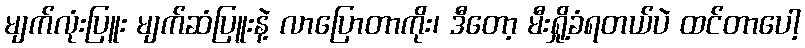
မျက်လုံးပြူး မျက်ဆံပြူးနဲ့ လာပြောတာကိုး၊ ဒီတော့ မီးရှို့ခံရတယ်ပဲ ထင်တာပေါ့